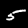
Digit: 5